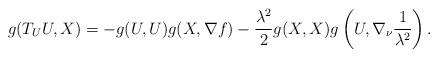
LaTeX: \begin{align*}g(T_U U, X) =- g(U, U) g(X, \nabla f) - \frac{\lambda^2}{2} g(X, X) g\left(U, \nabla_\nu \frac{1}{\lambda^2}\right).\end{align*}